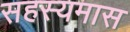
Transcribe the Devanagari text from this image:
सहस्यमास